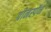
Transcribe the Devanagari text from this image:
ग्रीनस्पॅन